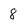
Character: 8